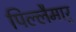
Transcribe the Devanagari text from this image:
पिल्लैमार्